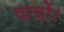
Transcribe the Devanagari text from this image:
दावों।